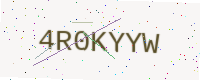
Text: 4R0KYYW